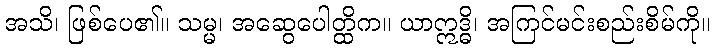
အသိ၊ ဖြစ်ပေ၏။ သမ္မ၊ အဆွေပေါတ္ထိက။ ယာဣဒ္ဓိ၊ အကြင်မင်းစည်းစိမ်ကို။